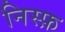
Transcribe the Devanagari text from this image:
निस्फ़